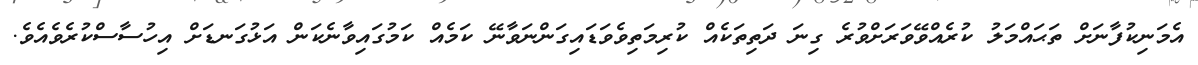
އެމަނިކުފާނަށް ތަޙައްމަލު ކުރެއްވޭވަރަށްވުރެ ގިނަ ދަތިތަކެއް ކުރިމަތިވެވަޑައިގަންނަވާނޭ ކަމެއް ކަމުގައިވާނެކަން އަޅުގަނޑަށް އިހުސާސްކުރެވެއެވެ.